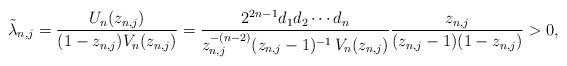
LaTeX: \begin{align*} \tilde{\lambda}_{n,j} = \frac{U_{n}(z_{n,j})}{(1-z_{n,j})V_{n}(z_{n,j})} = \frac{2^{2n-1} d_1 d_2 \cdots d_{n}}{z_{n,j}^{-(n-2)}(z_{n,j}-1)^{-1}\,V_{n}(z_{n,j})} \frac{z_{n,j}}{(z_{n,j} - 1)(1 - z_{n,j})} > 0, \end{align*}